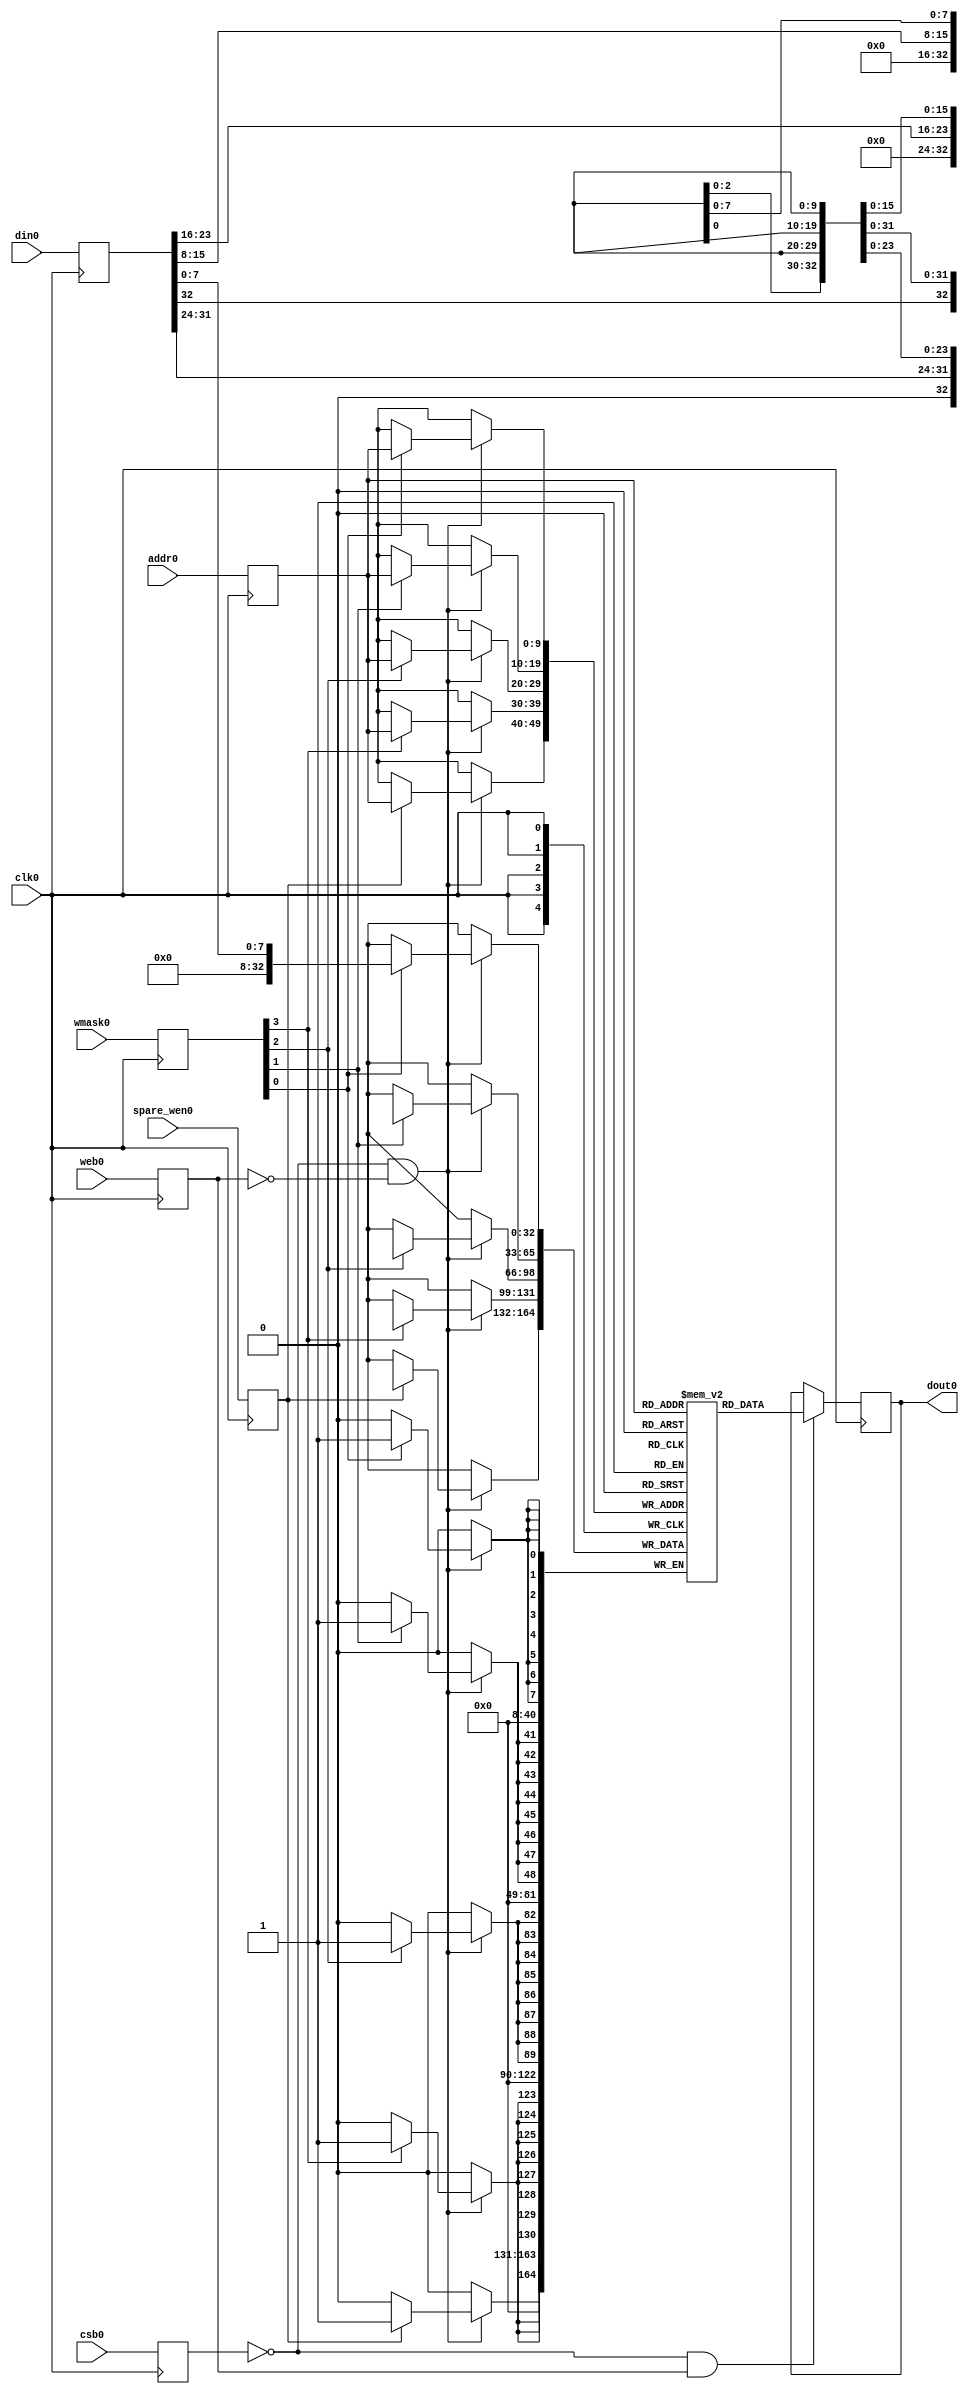
// This program was cloned from: https://github.com/idea-fasoc/openfasoc-tapeouts
// License: Apache License 2.0

// OpenRAM SRAM model
// Words: 512
// Word size: 32
// Write size: 8

module sky130_sram_2kbyte_1rw_32x512_8(
`ifdef USE_POWER_PINS
    vccd1,
    vssd1,
`endif
// Port 0: RW
    clk0,csb0,web0,wmask0,spare_wen0,addr0,din0,dout0
  );

  parameter NUM_WMASKS = 4 ;
  parameter DATA_WIDTH = 33 ;
  parameter ADDR_WIDTH = 10 ;
  parameter RAM_DEPTH = 1 << ADDR_WIDTH;
  // FIXME: This delay is arbitrary.
  parameter DELAY = 3 ;
  parameter VERBOSE = 0 ; //Set to 0 to only display warnings
  parameter T_HOLD = 1 ; //Delay to hold dout value after posedge. Value is arbitrary

`ifdef USE_POWER_PINS
    inout vccd1;
    inout vssd1;
`endif
  input  clk0; // clock
  input   csb0; // active low chip select
  input  web0; // active low write control
  input [NUM_WMASKS-1:0]   wmask0; // write mask
  input           spare_wen0; // spare mask
  input [ADDR_WIDTH-1:0]  addr0;
  input [DATA_WIDTH-1:0]  din0;
  output [DATA_WIDTH-1:0] dout0;

  reg  csb0_reg;
  reg  web0_reg;
  reg [NUM_WMASKS-1:0]   wmask0_reg;
  reg spare_wen0_reg;
  reg [ADDR_WIDTH-1:0]  addr0_reg;
  reg [DATA_WIDTH-1:0]  din0_reg;
  reg [DATA_WIDTH-1:0]  dout0;

  reg [DATA_WIDTH-1:0]    mem [0:RAM_DEPTH-1];

  // All inputs are registers
  always @(posedge clk0)
  begin
    csb0_reg = csb0;
    web0_reg = web0;
    wmask0_reg = wmask0;
    spare_wen0_reg = spare_wen0;
    addr0_reg = addr0;
    din0_reg = din0;
    // #(T_HOLD) dout0 = 32'bx;
    if ( !csb0_reg && web0_reg && VERBOSE ) 
      $display($time," Reading %m addr0=%b dout0=%b",addr0_reg,mem[addr0_reg]);
    if ( !csb0_reg && !web0_reg && VERBOSE )
      $display($time," Writing %m addr0=%b din0=%b wmask0=%b",addr0_reg,din0_reg,wmask0_reg);
  end

  // Memory Write Block Port 0
  // Write Operation : When web0 = 0, csb0 = 0
  always @ (negedge clk0)
  begin : MEM_WRITE0
    if ( !csb0_reg && !web0_reg ) begin
        if (wmask0_reg[0])
                mem[addr0_reg][7:0] = din0_reg[7:0];
        if (wmask0_reg[1])
                mem[addr0_reg][15:8] = din0_reg[15:8];
        if (wmask0_reg[2])
                mem[addr0_reg][23:16] = din0_reg[23:16];
        if (wmask0_reg[3])
                mem[addr0_reg][31:24] = din0_reg[31:24];
        if (spare_wen0_reg)
                mem[addr0_reg][32] = din0_reg[32];
    end
  end

  // Memory Read Block Port 0
  // Read Operation : When web0 = 1, csb0 = 0
  always @ (negedge clk0)
  begin : MEM_READ0
    if (!csb0_reg && web0_reg)
       dout0 <= #(DELAY) mem[addr0_reg];
  end

endmodule